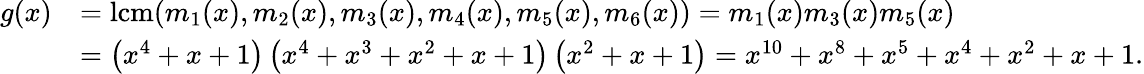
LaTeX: {\begin{array}{rl}{g(x)}&{=\mathrm{{lcm}}(m_{1}(x),m_{2}(x),m_{3}(x),m_{4}(x),m_{5}(x),m_{6}(x))=m_{1}(x)m_{3}(x)m_{5}(x)}\\ &{=\left(x^{4}+x+1\right)\left(x^{4}+x^{3}+x^{2}+x+1\right)\left(x^{2}+x+1\right)=x^{10}+x^{8}+x^{5}+x^{4}+x^{2}+x+1.}\end{array}}